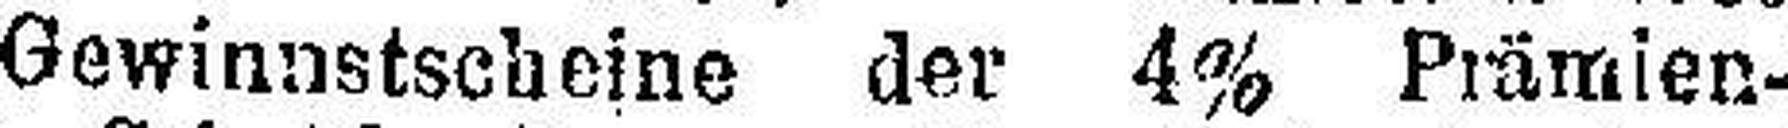
Gewinnstscheine der 4% Prämien-